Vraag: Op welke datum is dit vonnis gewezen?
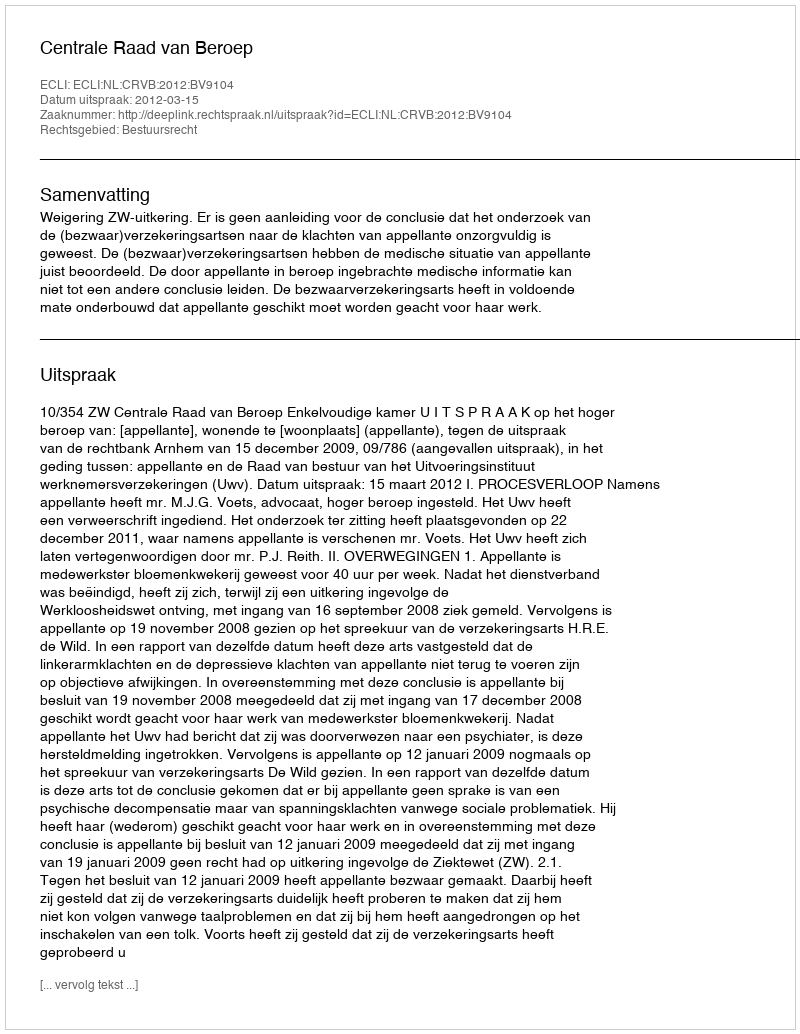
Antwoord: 2012-03-15